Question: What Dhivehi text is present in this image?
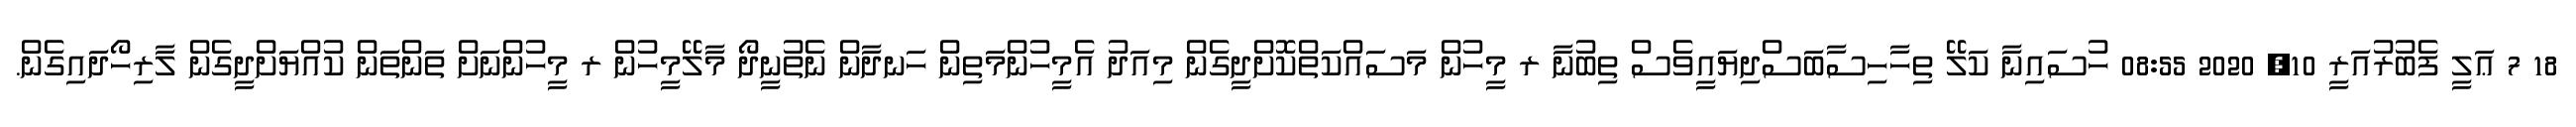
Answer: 18 7 ޢަލީ ފެބުރުއަރީ 10, 2020 08:55 ހުސައިނާ ކަލޭ ތިހާހިސާބަސްދިޔައީވެސް ތިބުނާ ރ މީހުން މަސައްކަތްކޮށްދީގެން މިއަދު އެމީހުންމަތިން ހަނދާން ނެތުނީދޯ މާލޭމީހުން ރ މީހުންނަށް ތަންތަން ކުއްޔަށްދީގެން ލާރިހޯދައިގެން.